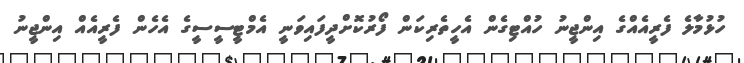
ހުޅުމާލެ ފެރީއެއްގެ އިންޖީނު ހުއްޓިގެން އެހީތެރިކަން ފޯރުކޮށްދީފައިވަނީ އެމްޓީސީސީގެ އެހެން ފެރީއެއް އިންޖީނު